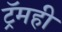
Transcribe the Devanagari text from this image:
ट्रॅमही